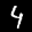
Label: 4